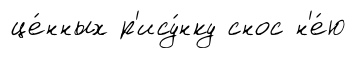
це́нных р'ису́нку снос н'е́ю